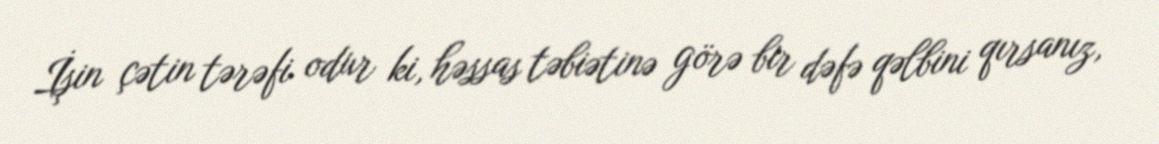
İşin çətin tərəfi odur ki, həssas təbiətinə görə bir dəfə qəlbini qırsanız,